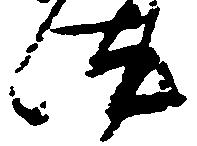
汰